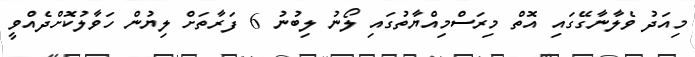
މިއަދު ވެލާނާގޭގައި އޮތް މިރަސްމިއްޔާތުގައި ލޯނު ލިބުނު 6 ފަރާތަށް ލިޔުން ހަވާލުކޮށްދެއްވީ